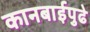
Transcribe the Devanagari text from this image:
कानबाईपुढे